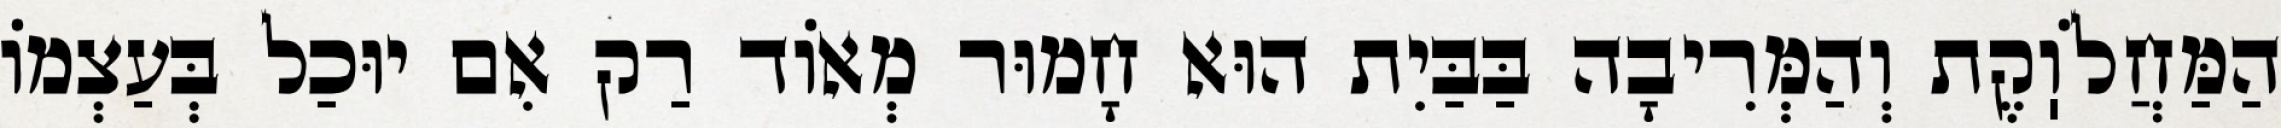
הַמַּחֲלֹוֽקֶת וְהַמְּרִיבָה בַּבַּיִת הוּא חָמוּר מְאוֹד רַק אִם יוּכַל בְּעַצְמוֹ